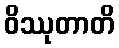
ဝိဿုတာတိ